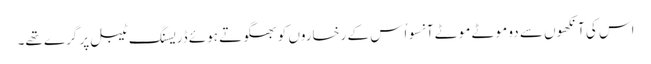
اس کی آنکھوں سے دو موٹے موٹے آنسو اُس کے رخساروں کو بھگوتے ہوئے ڈریسنگ ٹیبل پر گرے تھے۔